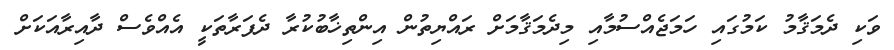
ވަކި ދެމަޤާމު ކަމުގައި ހަމަޖެއްސުމާއި މިދެމަޤާމަށް ރައްޔިތުން އިންތިޚާބުކުރާ ދެފަރާތަކީ އެއްވެސް ދާއިރާއަކަށް